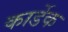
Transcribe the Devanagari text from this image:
कार्डेक